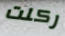
ركلت